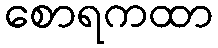
စောရကထာ